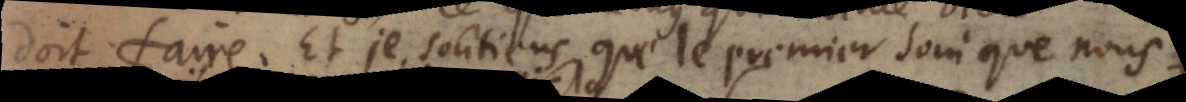
doit faire. Et je soûtiens que le premier soin que nous